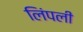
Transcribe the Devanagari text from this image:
लिंपली